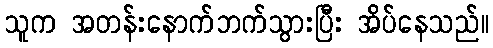
သူက အတန်းနောက်ဘက်သွားပြီး အိပ်နေသည်။